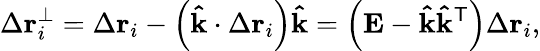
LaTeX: \Delta\mathbf{r}_{i}^{\perp}=\Delta\mathbf{r}_{i}-\left(\mathbf{\hat{k}}\cdot\Delta\mathbf{r}_{i}\right)\mathbf{\hat{k}}=\left(\mathbf{E}-\mathbf{\hat{k}}\mathbf{\hat{k}}^{\mathsf{T}}\right)\Delta\mathbf{r}_{i},